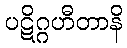
ပဋိဂ္ဂဟီတာနိ